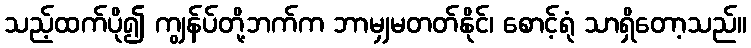
သည့်ထက်ပို၍ ကျွန်ပ်တို့ဘက်က ဘာမျှမတတ်နိုင်၊ စောင့်ရုံ သာရှိတော့သည်။